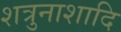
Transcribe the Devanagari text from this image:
शत्रुनाशादि